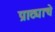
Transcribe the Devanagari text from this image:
प्राट्याचे